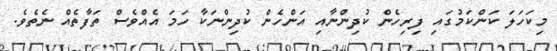
މިކަހަލަ ކަންކަމުގައި ފިރިހެން ކުދިންނާއި އަންހެން ކުދިންނަކާ ހަމަ އެއްވެސް ތަފާތެއް ނެތެވެ.